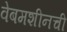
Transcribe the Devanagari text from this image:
वेबमशीनची